Cholera in southern India
Disease focus: Cholera
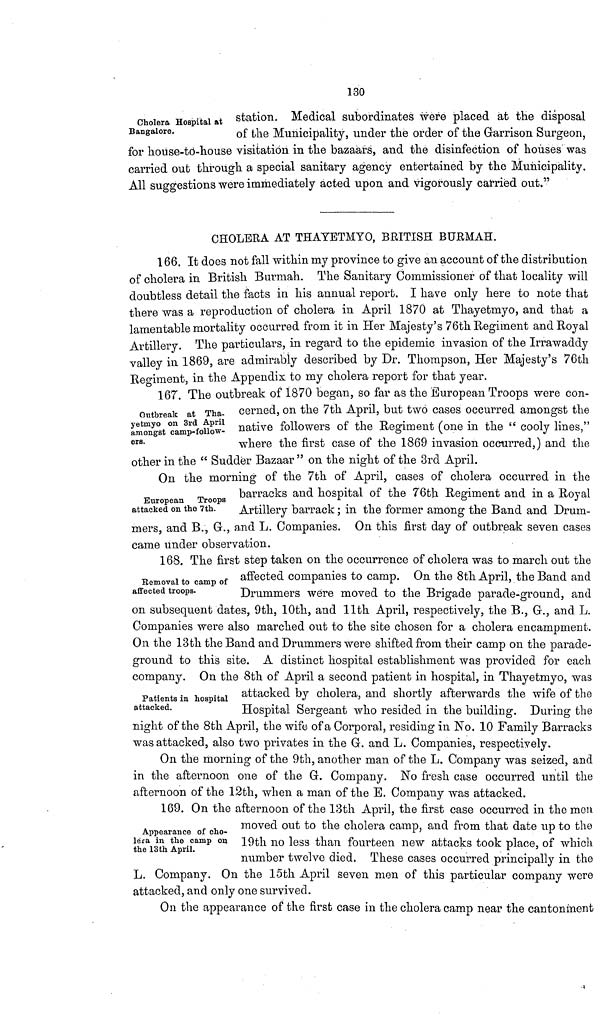
130
Cholera Hospital at
Bangalore.
station. Medical subordinates were placed at the disposal
of the Municipality, under the order of the Garrison Surgeon,
for house-to-house visitation in the bazaars, and the disinfection of houses was
carried out through a special sanitary agency entertained by the Municipality.
All suggestions were immediately acted upon and vigorously carried out."
CHOLERA AT THAYETMYO, BRITISH BURMAH.
166. It does not fall within my province to give an account of the distribution
of cholera in British Burmah. The Sanitary Commissioner of that locality will
doubtless detail the facts in his annual report. I have only here to note that
there was a reproduction of cholera in April 1870 at Thayetmyo, and that a
lamentable mortality occurred from it in Her Majesty's 76th Regiment and Royal
Artillery. The particulars, in regard to the epidemic invasion of the Irrawaddy
valley in 1869, are admirably described by Dr. Thompson, Her Majesty's 76th.
Regiment, in the Appendix to my cholera report for that year.
Outbreak at Tha-
yetmyo on 3rd April
amongst camp-follow-
ers.
167. The outbreak of 1870 began, so lar as the European Troops were con-
cerned, on the 7th April, but two cases occurred amongst the
native followers of the Regiment (one in the " cooly lines,"
where the first case of the 1869 invasion occurred,) and the
other in the " Sudder Bazaar" on the night of the 3rd April.
European Troops
attacked on the 7th.
On the morning of the 7th of April, cases of cholera occurred in the
barracks and hospital of the 76th Regiment and in a Royal
Artillery barrack ; in the former among the Band and Drum-
mers, and B., Gr., and L. Companies. On this first day of outbreak seven cases
came under observation.
Eemoval to camp of
affected troops.
168. The first step taken on the occurrence of cholera was to march out the
affected companies to camp. On the 8th April, the Band and
Drummers were moved to the Brigade parade-ground, and
on subsequent dates, 9th, 10th, and 11th April, respectively, the B., G., and L.
Companies were also marched out to the site chosen for a cholera encampment.
On the 13th the Band and Drummers were shifted from their camp on the parade-
ground to this site. A distinct hospital establishment was provided for each
company. On the 8th of April a second patient in hospital, in Thayetmyo, was
Patients in hospital
attacked.
attacked by cholera, and shortly atterwards the wife of the
Hospital Sergeant who resided in the building. During the
night of the 8th April, the wife of a Corporal, residing in Ko. 10 Family Barracks
was attacked, also two privates in the G. and L. Companies, respectively.
On the morning of the 9th, another man of the L. Company was seized, and
in the afternoon one of the G. Company. No fresh case occurred until the
afternoon of the 12th, when a man of the E. Company was attacked.
Appearance of cho-
lera in the camp on
the 13 th April.
169. On the afternoon of the 13th April, the first case occurred in the men
moved out to the cholera camp, and from that date up to the
19th no less than fourteen new attacks took place, of which
number twelve died. These cases occurred principally in the
L. Company. On the 15th April seven men of this particular company were
attacked, and only one survived.
On the appearance of the first case m the cholera camp near the cantonment